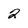
Character: 2